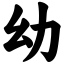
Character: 幼